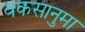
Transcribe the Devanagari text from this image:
वकसानुमा